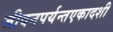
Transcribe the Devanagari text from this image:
जीवनपर्यन्तएकादशी